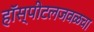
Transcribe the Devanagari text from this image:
हॉस्पीटलजवळचा